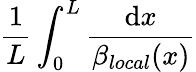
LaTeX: \frac{1}{L}\int_{0}^{L}\frac{\mathrm{d}x}{\beta_{local}(x)}